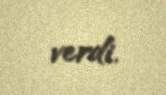
verdi.